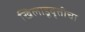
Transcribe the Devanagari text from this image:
खिलाडूवृत्तीचा